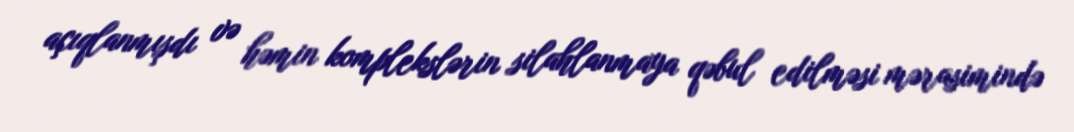
açıqlanmışdı və həmin komplekslərin silahlanmaya qəbul edilməsi mərasimində